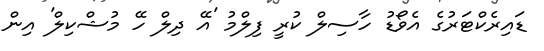
ޑައިރެކްޓަރުގެ އެވޯޑު ހާސިލް ކުރީ ފިލްމު 'އޭ ދިލް ހޭ މުޝްކިލް' އިން